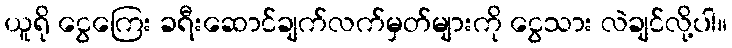
ယူရို ငွေကြေး ခရီးဆောင်ချက်လက်မှတ်များကို ငွေသား လဲချင်လို့ပါ။